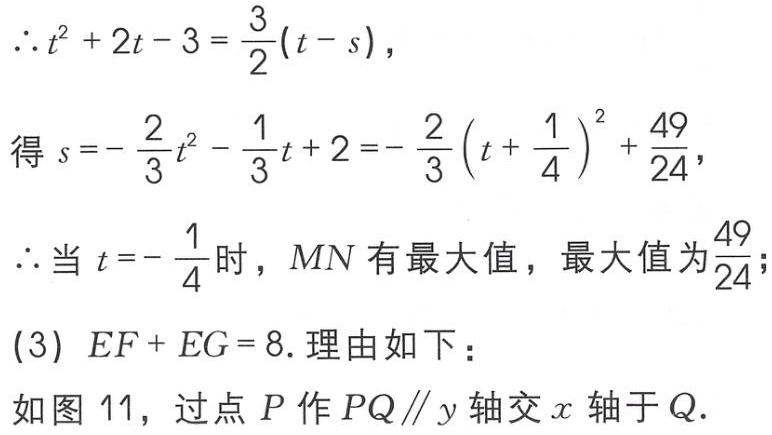
\(\therefore t^{2}+2t - 3=\frac{3}{2}(t - s)\)，
得 \(s =-\frac{2}{3}t^{2}-\frac{1}{3}t + 2=-\frac{2}{3}(t+\frac{1}{4})^{2}+\frac{49}{24}\)，
\(\therefore\)当 \(t =-\frac{1}{4}\) 时，\(MN\) 有最大值，最大值为 \(\frac{49}{24}\)；
(3) \(EF + EG = 8\). 理由如下：
如图 11，过点 \(P\) 作 \(PQ\parallel y\) 轴交 \(x\) 轴于 \(Q\).